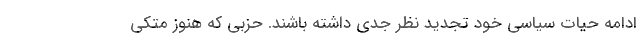
ادامه حیات سیاسی خود تجدید نظر جدی داشته باشند. حزبی که هنوز متکی